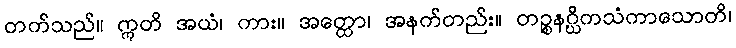
တက်သည်။ ဣတိ အယံ၊ ကား။ အတ္ထော၊ အနက်တည်း။ တဉ္စနဂ္ဃိကသံကာသောတိ၊